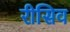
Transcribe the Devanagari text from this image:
रीसिव